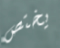
يختص